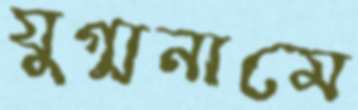
যুগ্মনামে